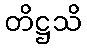
တိဋ္ဌသိ